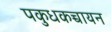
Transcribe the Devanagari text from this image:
पकुधकच्चायन